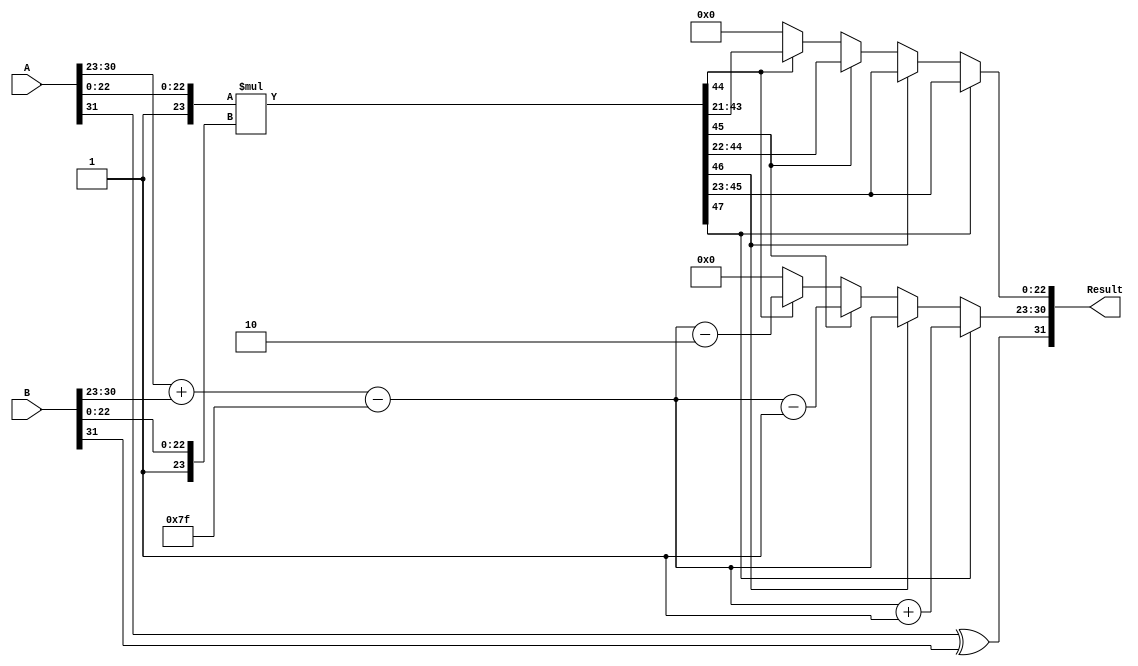
module FloatingPointMultiplier (
    input [31:0] A, // First floating-point input
    input [31:0] B, // Second floating-point input
    output [31:0] Result // Resulting floating-point output
);

    // IEEE 754 single precision components
    wire signA = A[31]; // Sign bit of A
    wire signB = B[31]; // Sign bit of B
    wire [7:0] expA = A[30:23]; // Exponent of A
    wire [7:0] expB = B[30:23]; // Exponent of B
    wire [23:0] mantA = {1'b1, A[22:0]}; // Mantissa of A (normalized with implicit leading 1)
    wire [23:0] mantB = {1'b1, B[22:0]}; // Mantissa of B (normalized with implicit leading 1)

    // Sign result
    wire signResult = signA ^ signB;

    // Exponent calculation
    wire [8:0] expSum = {1'b0, expA} + {1'b0, expB} - 8'h7F; // Add exponents and subtract bias

    // Mantissa multiplication
    wire [47:0] mantProduct = mantA * mantB; // 24 * 24 = 48 bits

    // Normalize mantissa and adjust exponent
    reg [23:0] mantResult;
    reg [7:0] expResult;
    reg [4:0] shiftCount;

    always @(*) begin
        // Normalization process
        if (mantProduct[47]) begin
            mantResult = mantProduct[46:23]; // Shift right by 1
            expResult = expSum + 1; // Increment exponent
            shiftCount = 1;
        end else if (mantProduct[46]) begin
            mantResult = mantProduct[46:23]; // No shift
            expResult = expSum;
            shiftCount = 0;
        end else if (mantProduct[45]) begin
            mantResult = mantProduct[45:22]; // Shift left by 1
            expResult = expSum - 1; // Decrement exponent
            shiftCount = 1;
        end else if (mantProduct[44]) begin
            mantResult = mantProduct[44:21]; // Shift left by 2
            expResult = expSum - 2; // Decrement exponent
            shiftCount = 2;
        end else begin
            mantResult = 0; // Underflow case
            expResult = 0;
            shiftCount = 0;
        end
    end

    // Output construction
    assign Result = {signResult, expResult[7:0], mantResult[22:0]};

endmodule